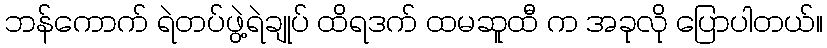
ဘန်ကောက် ရဲတပ်ဖွဲ့ရဲချုပ် ထိရဒက် ထမဆူထီ က အခုလို ပြောပါတယ်။